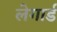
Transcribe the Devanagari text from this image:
लेगार्ड